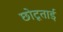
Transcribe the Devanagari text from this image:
छोटूताई